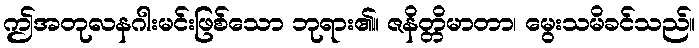
ဤအတုလနဂါးမင်းဖြစ်သော ဘုရား၏။ ဇနိတ္တိမာတာ၊ မွေးသမိခင်သည်။